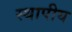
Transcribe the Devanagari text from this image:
स्थापीय